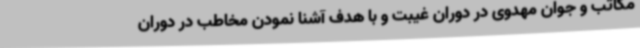
مکاتب و جوان مهدوی در دوران غیبت و با هدف آشنا نمودن مخاطب در دوران